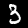
Label: 3